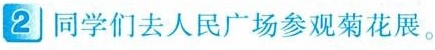
2 同学们去人民广场参观菊花展。